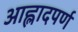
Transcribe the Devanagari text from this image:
आह्लादपर्ण